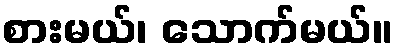
စားမယ်၊ သောက်မယ်။